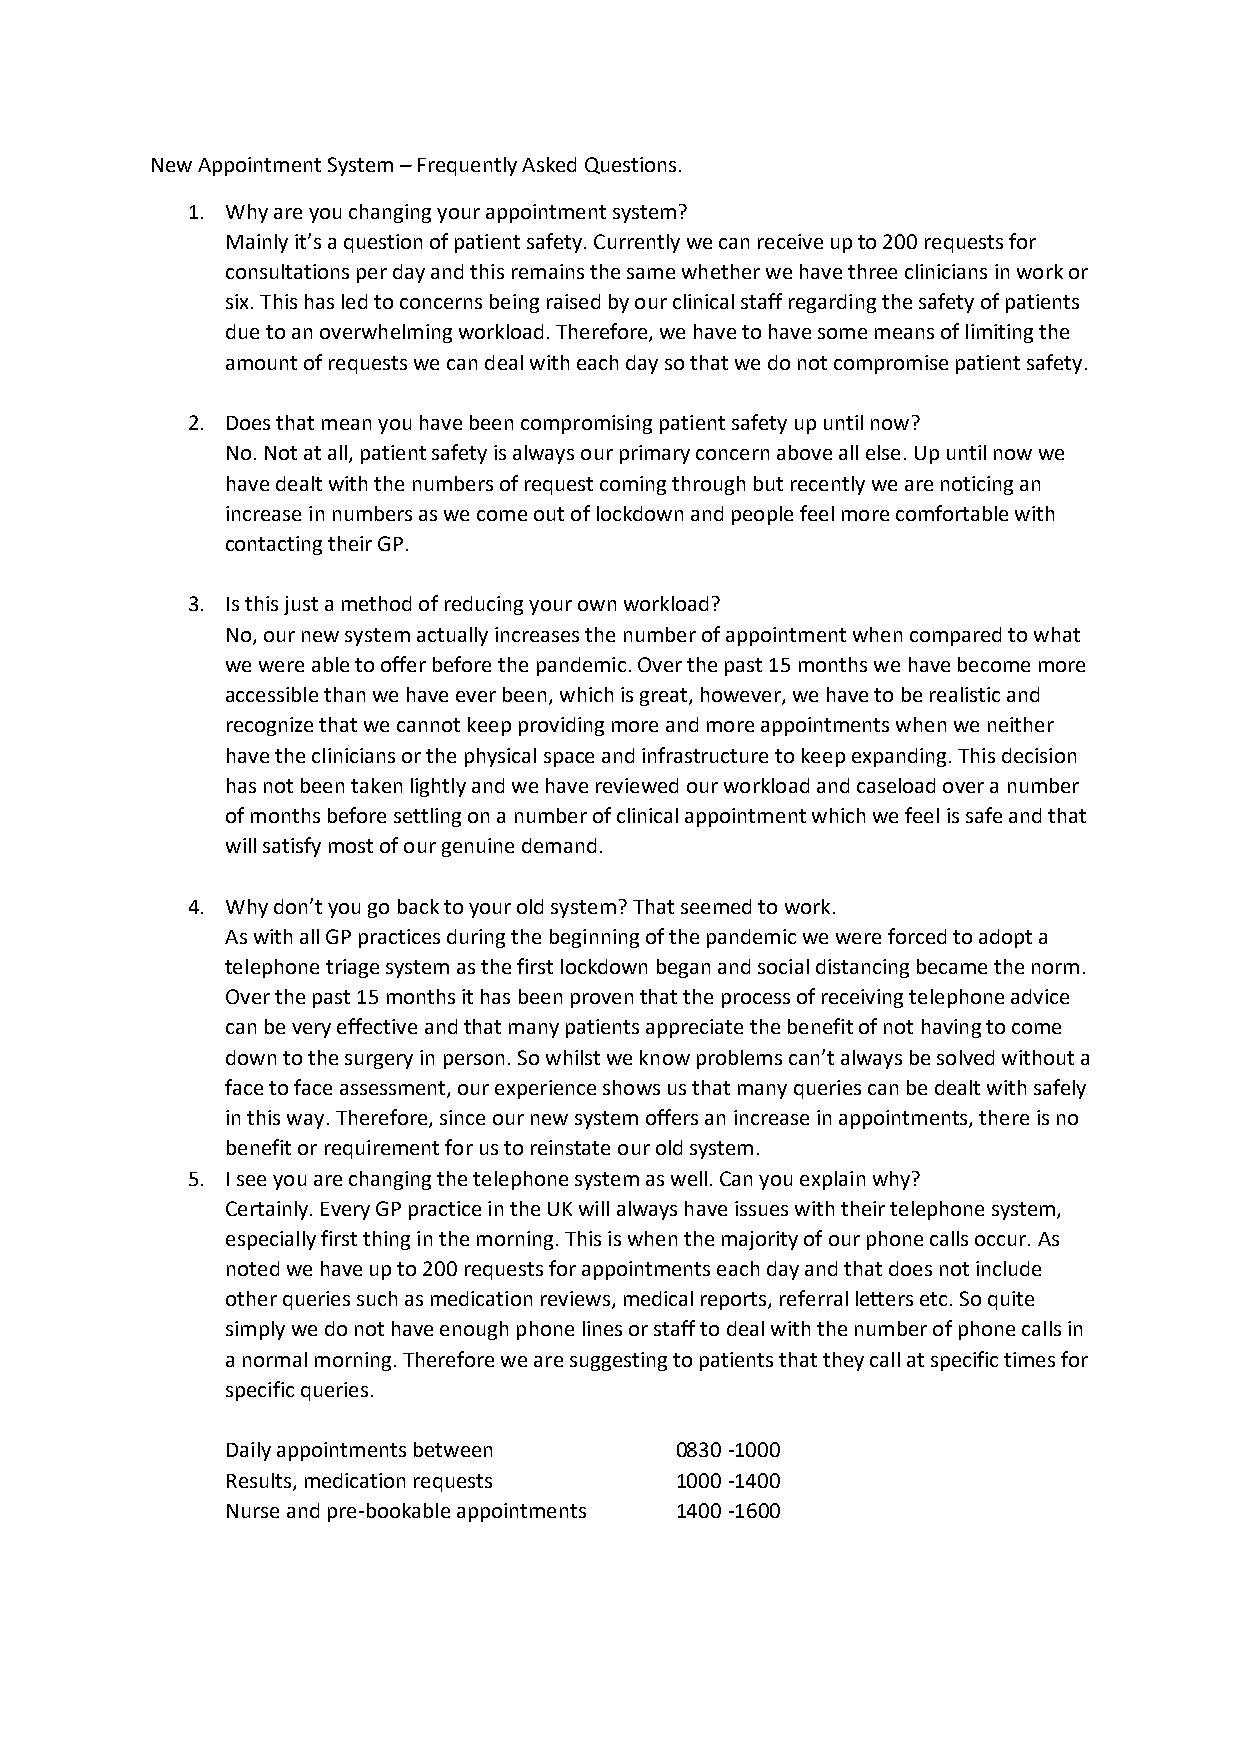
New Appointment System – Frequently Asked Questions.
 1. Why are you changing your appointment system?
 Mainly it’s a question of patient safety. Currently we can receive up to 200 requests for
 consultations per day and this remains the same whether we have three clinicians in work or
 six. This has led to concerns being raised by our clinical staff regarding the safety of patients
 due to an overwhelming workload. Therefore, we have to have some means of limiting the
 amount of requests we can deal with each day so that we do not compromise patient safety.
 2. Does that mean you have been compromising patient safety up until now?
 No. Not at all, patient safety is always our primary concern above all else. Up until now we
 have dealt with the numbers of request coming through but recently we are noticing an
 increase in numbers as we come out of lockdown and people feel more comfortable with
 contacting their GP.
 3. Is this just a method of reducing your own workload?
 No, our new system actually increases the number of appointment when compared to what
 we were able to offer before the pandemic. Over the past 15 months we have become more
 accessible than we have ever been, which is great, however, we have to be realistic and
 recognize that we cannot keep providing more and more appointments when we neither
 have the clinicians or the physical space and infrastructure to keep expanding. This decision
 has not been taken lightly and we have reviewed our workload and caseload over a number
 of months before settling on a number of clinical appointment which we feel is safe and that
 will satisfy most of our genuine demand.
 4. Why don’t you go back to your old system? That seemed to work.
 As with all GP practices during the beginning of the pandemic we were forced to adopt a
 telephone triage system as the first lockdown began and social distancing became the norm.
 Over the past 15 months it has been proven that the process of receiving telephone advice
 can be very effective and that many patients appreciate the benefit of not having to come
 down to the surgery in person. So whilst we know problems can’t always be solved without a
 face to face assessment, our experience shows us that many queries can be dealt with safely
 in this way. Therefore, since our new system offers an increase in appointments, there is no
 benefit or requirement for us to reinstate our old system.
 5. I see you are changing the telephone system as well. Can you explain why?
 Certainly. Every GP practice in the UK will always have issues with their telephone system,
 especially first thing in the morning. This is when the majority of our phone calls occur. As
 noted we have up to 200 requests for appointments each day and that does not include
 other queries such as medication reviews, medical reports, referral letters etc. So quite
 simply we do not have enough phone lines or staff to deal with the number of phone calls in
 a normal morning. Therefore we are suggesting to patients that they call at specific times for
 specific queries.
 Daily appointments between    0830 -1000
 Results, medication requests  1000 -1400
 Nurse and pre-bookable appointments 1400 -1600